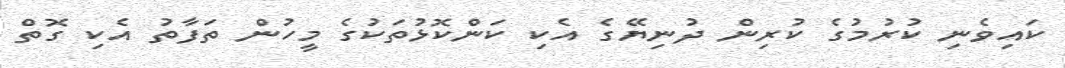
ކައިވެނި ކުރުމުގެ ކުރިން ދުނިޔޭގެ އެކި ކަންކޮޅުތަކުގެ މީހުން ތަފާތު އެކި ގޮތް